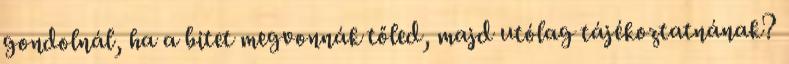
gondolnál, ha a bitet megvonnák tőled, majd utólag tájékoztatnának?